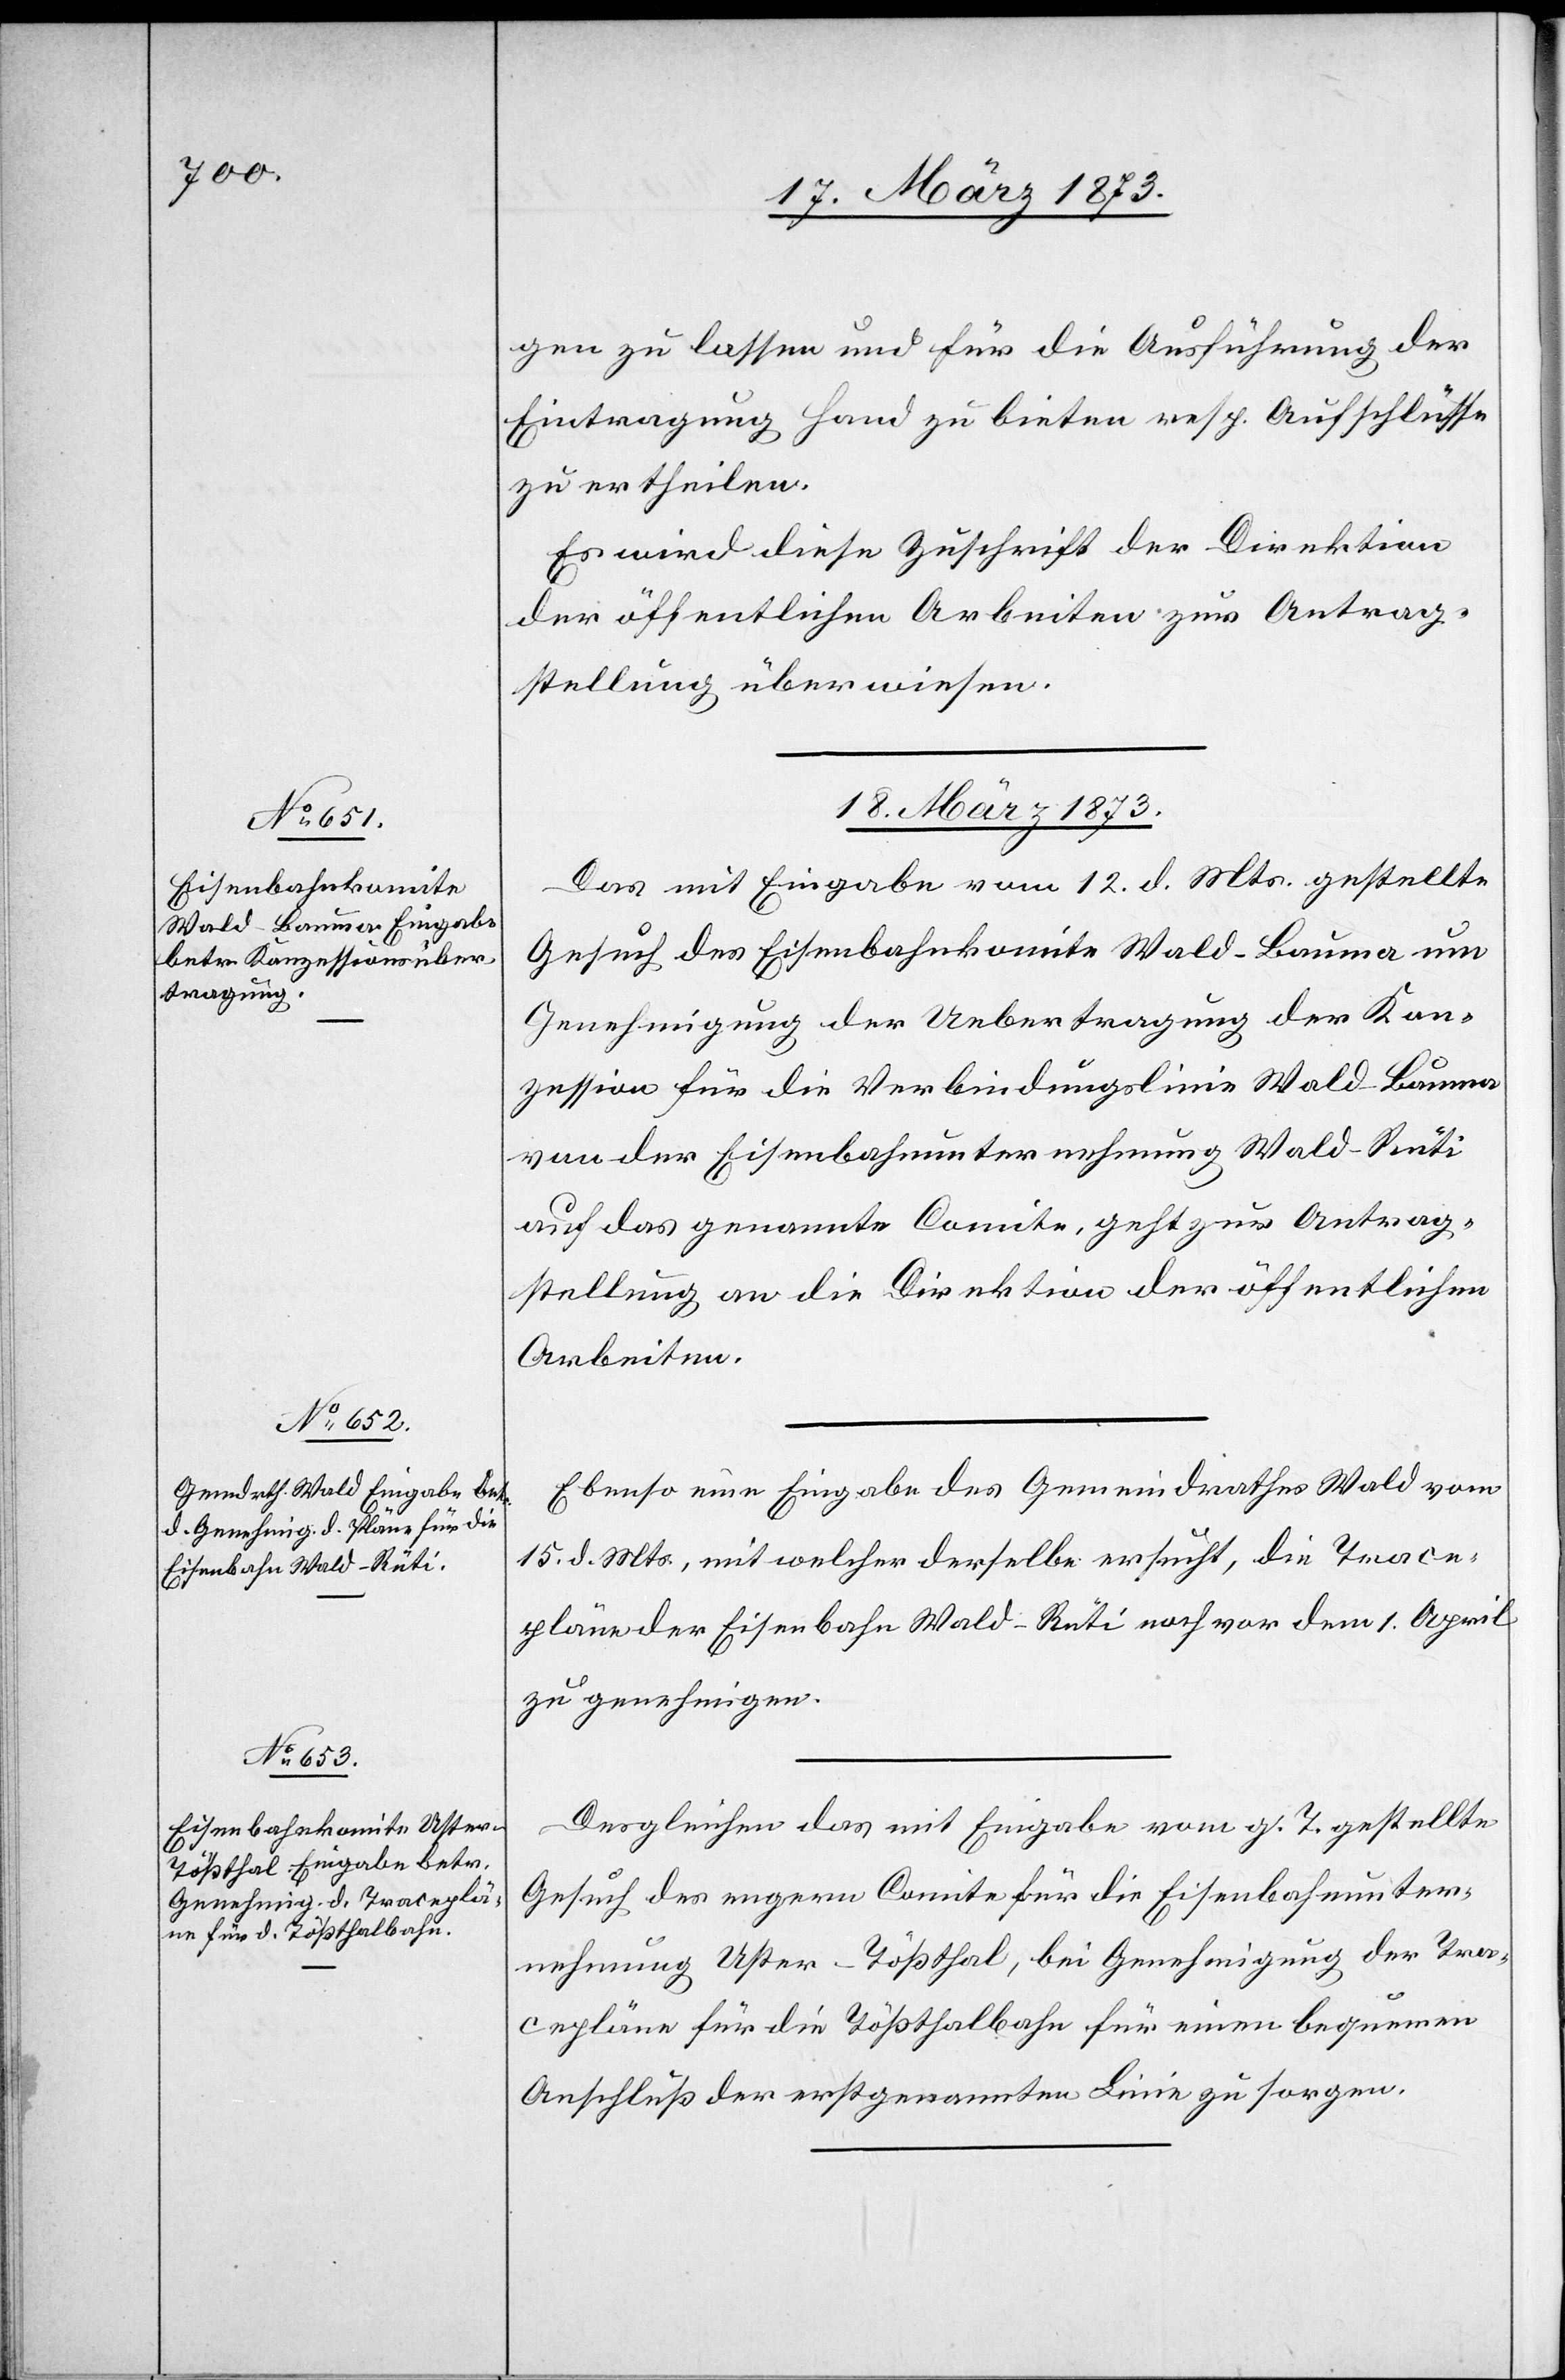
18. März 1873.]
gen zu lassen und für die Ausführung der
Eintragung Hand zu bieten resp. Aufschlüsse
zu ertheilen.
Es wird diese Zuschrift der Direktion
der öffentlichen Arbeiten zur Antrag¬
stellung überwiesen.
Das mit Eingabe vom 12. d. Mts. gestellte
Gesuch des Eisenbahnkomite Wald–Bauma um
Genehmigung der Uebertragung der Kon¬
zession für die Verbindungslinie Wald–Bauma
von der Eisenbahnunternehmung Wald–Rüti
auf das genannte Comite, geht zur Antrag¬
stellung an die Direktion der öffentlichen
Arbeiten.
Ebenso eine Eingabe des Gemeindrathes Wald vom
15. d. Mts., mit welcher derselbe ersucht, die Trace¬
pläne der Eisenbahn Wald–Rüti noch vor dem 1. April
zu genehmigen.
Desgleichen das mit Eingabe vom g. T. gestellte
Gesuch des engern Comite für die Eisenbahnunter¬
nehmung Uster–Tößthal, bei Genehmigung der Tra¬
cepläne für die Tößthalbahn für einen bequemen
Anschluß der erstgenannten Linie zu sorgen.